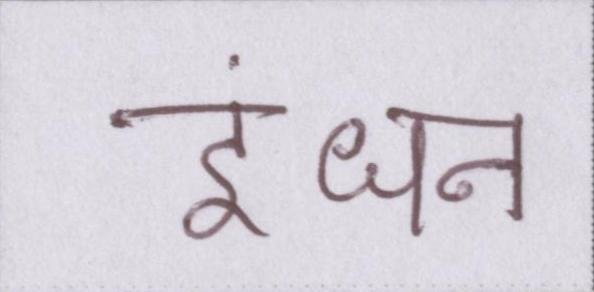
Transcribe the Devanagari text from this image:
इंधन